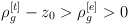
\begin{align*}\rho _{g}^{[t]}-z_{0}>\rho _{g}^{[e]}>0 \end{align*}